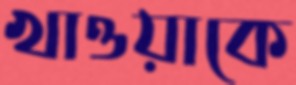
খাওয়াকে